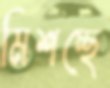
মিশচ্ছে